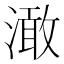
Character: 澉